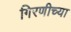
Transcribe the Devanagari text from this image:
गिरणीच्या